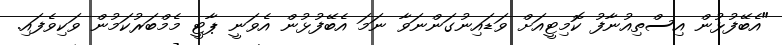
"އެބޭފުޅުން އިސްތިއުނާފު ކޮމިޓީއަށް ވަޑައިނުގަންނަވާ ނަމަ އެބޭފުޅުން އެވަނީ ޕާޓީ މެމްބަރުކަމުން ވަކިވެފައި.